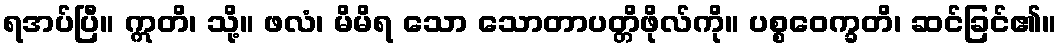
ရအပ်ပြီ။ ဣတိ၊ သို့။ ဖလံ၊ မိမိရ သော သောတာပတ္တိဖိုလ်ကို။ ပစ္စဝေက္ခတိ၊ ဆင်ခြင်၏။